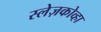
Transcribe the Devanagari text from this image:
स्लेज़कोव्हा